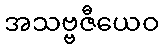
အသဗ္ဗဇီယေဝ